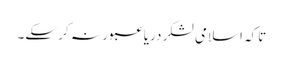
تاکہ اسلامی لشکر دریا عبور نہ کر سکے۔